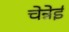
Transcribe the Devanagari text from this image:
चेन्नेई